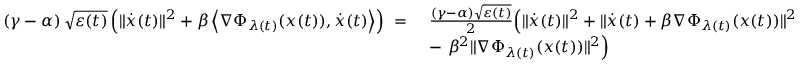
\begin{array} { r l } { \left( \gamma - \alpha \right) \sqrt { \varepsilon ( t ) } \left( \| \dot { x } ( t ) \| ^ { 2 } + \beta \left\langle \nabla \Phi _ { \lambda ( t ) } ( x ( t ) ) , \dot { x } ( t ) \right\rangle \right) \ = \ } & { \frac { \left( \gamma - \alpha \right) \sqrt { \varepsilon ( t ) } } { 2 } \Big ( \| \dot { x } ( t ) \| ^ { 2 } + \| \dot { x } ( t ) + \beta \nabla \Phi _ { \lambda ( t ) } ( x ( t ) ) \| ^ { 2 } } \\ & { - \ \beta ^ { 2 } \| \nabla \Phi _ { \lambda ( t ) } ( x ( t ) ) \| ^ { 2 } \Big ) } \end{array}